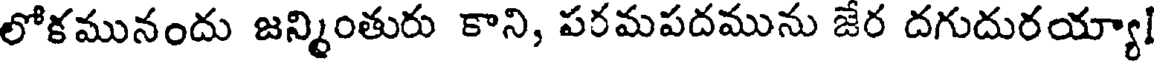
లోకమునందు జన్మింతురు కాని, పరమపదమును జేర దగుదురయ్యా